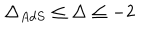
\Delta _ { A d S } \leq \Delta \leq - 2